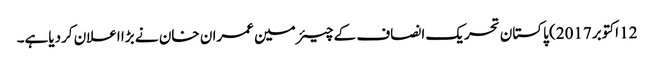
12 اکتوبر2017) پاکستان تحریک انصاف کے چیئرمین عمران خان نے بڑا اعلان کردیاہے۔